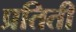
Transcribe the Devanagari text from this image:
प्रतिती